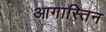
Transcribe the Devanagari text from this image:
आगास्तिन